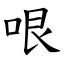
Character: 哏